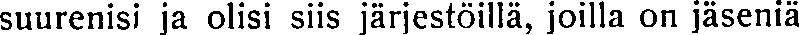
suurenisi ja olisi siis järjestöillä, joilla on jäseniä